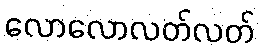
လောလောလတ်လတ်